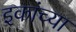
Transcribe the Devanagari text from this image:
इकांच्या